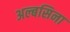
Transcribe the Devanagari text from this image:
अल्बसिना